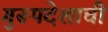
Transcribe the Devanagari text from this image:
गुरूपदेशाची